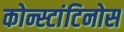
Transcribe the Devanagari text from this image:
कोन्स्टांटिनोस